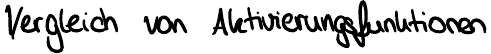
Vergleich von Aktivierungsfunktionen